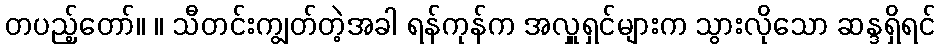
တပည့်တော်။ ။ သီတင်းကျွတ်တဲ့အခါ ရန်ကုန်က အလှူရှင်များက သွားလိုသော ဆန္ဒရှိရင်